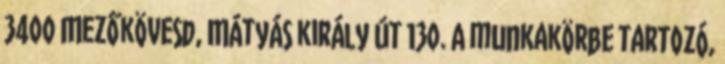
3400 Mezőkövesd, Mátyás király út 130. A munkakörbe tartozó,